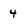
Character: 4